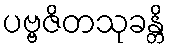
ပဗ္ဗဇိတသုခန္တိ